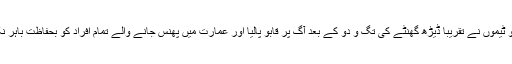
ریسکیو ٹیموں نے تقریباً ڈیڑھ گھنٹے کی تگ و دو کے بعد آگ پر قابو پالیا اور عمارت میں پھنس جانے والے تمام افراد کو بحفاظت باہر نکال لیا۔